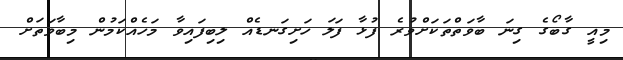
މިއީ ގާބޯގެ ގިނަ ބާވަތްތަކަށްވުރެ ފުޅާ ފަލަ ހަށިގަނޑެއް ލިބިފައިވާ މަހެއްކަމުން މިބާވަތަށް